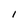
Character: l